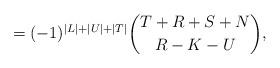
LaTeX: \begin{align*}=(-1)^{\vert L \vert +\vert U \vert + \vert T \vert}{{T+R+S+N} \choose{R-K-U}},\end{align*}